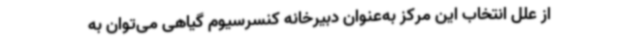
از علل انتخاب این مرکز به‌عنوان دبیرخانه کنسرسیوم گیاهی می‌توان به